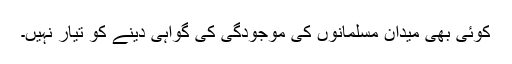
کوئی بھی میدان مسلمانوں کی موجودگی کی گواہی دینے کو تیار نہیں۔